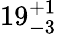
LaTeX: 19_{-3}^{+1}